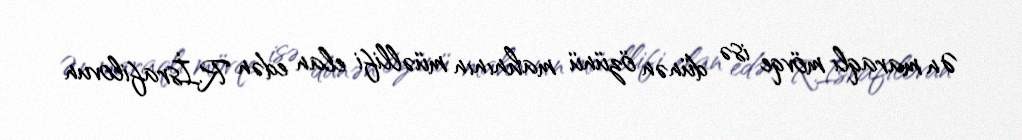
Ən maraqlı mövqe isə dünən özünü mahnının müəllifi elan edən R.İsrafilovun